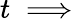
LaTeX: t\implies